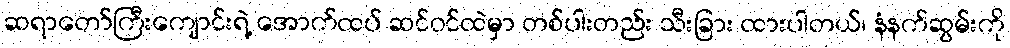
ဆရာတော်ကြီးကျောင်းရဲ့ အောက်ထပ် ဆင်ဝင်ထဲမှာ တစ်ပါးတည်း သီးခြား ထားပါတယ်၊ နံနက်ဆွမ်းကို